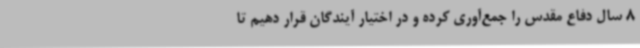
8 سال دفاع مقدس را جمع‌آوری کرده و در اختیار آیندگان قرار دهیم تا